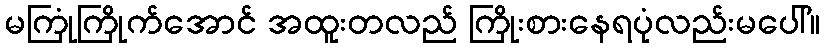
မကြုံကြိုက်အောင် အထူးတလည် ကြိုးစားနေရပုံလည်းမပေါ်။